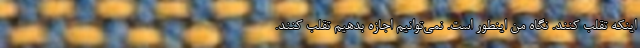
اینکه تقلب کنند. نگاه من اینطور است. نمی‌توانیم اجازه بدهیم تقلب کنند.